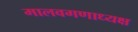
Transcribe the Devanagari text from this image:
मालवगणाध्यक्ष